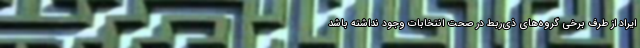
ایراد از طرف برخی گروه‌های ذی‌ربط در صحت انتخابات وجود نداشته باشد